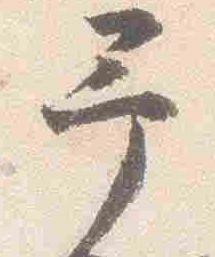
予